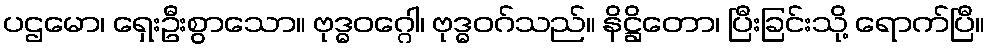
ပဌမော၊ ရှေးဦးစွာသော။ ဗုဒ္ဓဝဂ္ဂေါ၊ ဗုဒ္ဓဝဂ်သည်။ နိဋ္ဌိတော၊ ပြီးခြင်းသို့ ရောက်ပြီ။